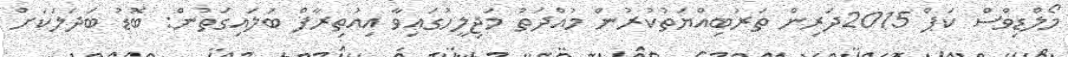
މޯލްޑިވްސް ކަޕް 2015ދަރިން ތަރުބިއްޔަތުކުރުން މުއްދަތު މަޖިލީހުގައިވާ އިއުތިރާފް ބަލައިގަތުން: ބޮޑު ބަދަލަކަށް